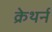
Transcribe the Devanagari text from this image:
क्रेथर्न